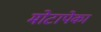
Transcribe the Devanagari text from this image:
मोटापेका